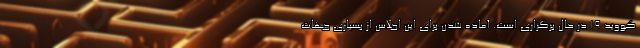
کووید ۱۹ در حال برگزاری است. آماده شدن برای این اجلاس از بسیاری جهات